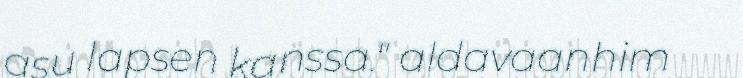
asu lapsen kanssa." aldavaanhim